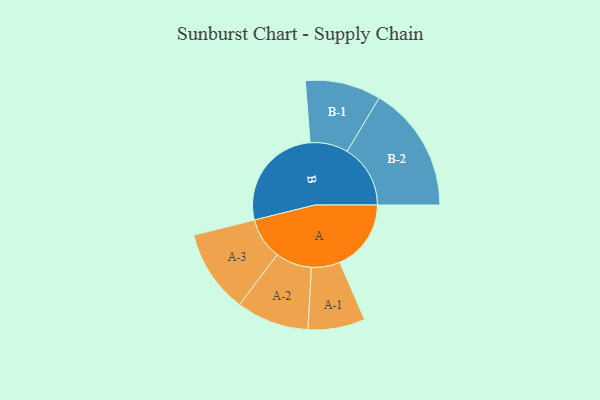
{"axis": {"x": "Segment", "y": "Value"}, "legend": ["", "A", "B"], "data": [{"x": "A", "y": 320, "type": ""}, {"x": "B", "y": 478, "type": ""}, {"x": "A-1", "y": 128, "type": "A"}, {"x": "A-2", "y": 163, "type": "A"}, {"x": "A-3", "y": 187, "type": "A"}, {"x": "B-1", "y": 170, "type": "B"}, {"x": "B-2", "y": 284, "type": "B"}]}